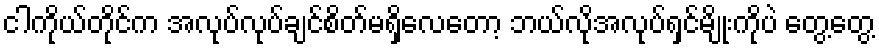
ငါကိုယ်တိုင်က အလုပ်လုပ်ချင်စိတ်မရှိလေတော့ ဘယ်လိုအလုပ်ရှင်မျိုးကိုပဲ တွေ့တွေ့